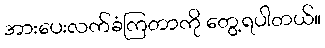
အားပေးလက်ခံကြတာကို တွေ့ရပါတယ်။